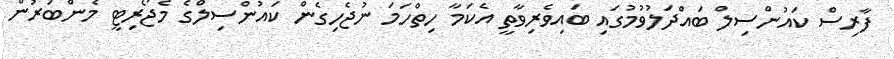
ފާރިސް ކައުންސިލް ބައްދަލުވުމުގައި ބައިވެރިވާތީ އެކަމާ ހިތްހަމަ ނުޖެހިގެން ކައުންސިލްގެ މެޖޯރިޓީ މެންބަރުން